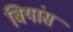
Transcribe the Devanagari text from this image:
बियांस